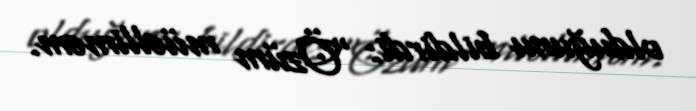
olduğunu bildirdi: “Özüm müəlliməm.